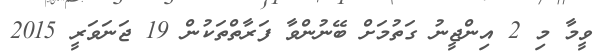
ވީމާ މި 2 އިންޖީނު ގަތުމަށް ބޭނުންވާ ފަރާތްތަކުން 19 ޖަނަވަރީ 2015